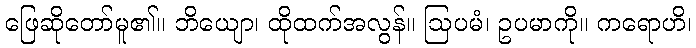
ဖြေဆိုတော်မူ၏။ ဘိယျော၊ ထိုထက်အလွန်။ ဩပမံ၊ ဥပမာကို။ ကရောဟိ၊